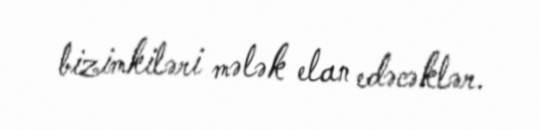
bizimkiləri mələk elan edəcəklər.